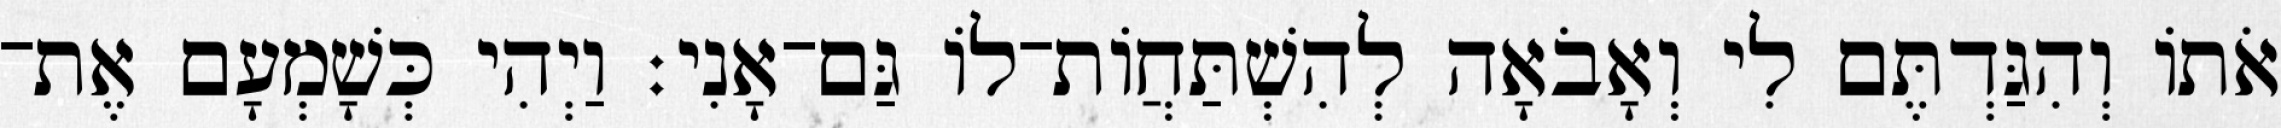
אֹתוֹ וְהִגַּדְתֶּם לִי וְאָבֹאָה לְהִשְׁתַּחֲוֹת־לוֹ גַּם־אָנִי׃ וַיְהִי כְּשָׁמְעָם אֶת־